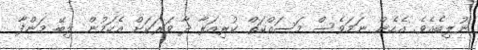
ނުލިބެއެވެ. އެހެން ނަމަވެސް މަސައްކަތް ކުރިއަރާ ދާ ވަރަކަށް އެކަމުން ލިބޭ މަންފާ